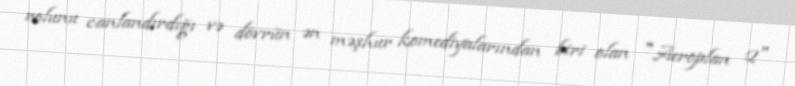
rolunu canlandırdığı və dövrün ən məşhur komediyalarından biri olan "Aeroplan 2"